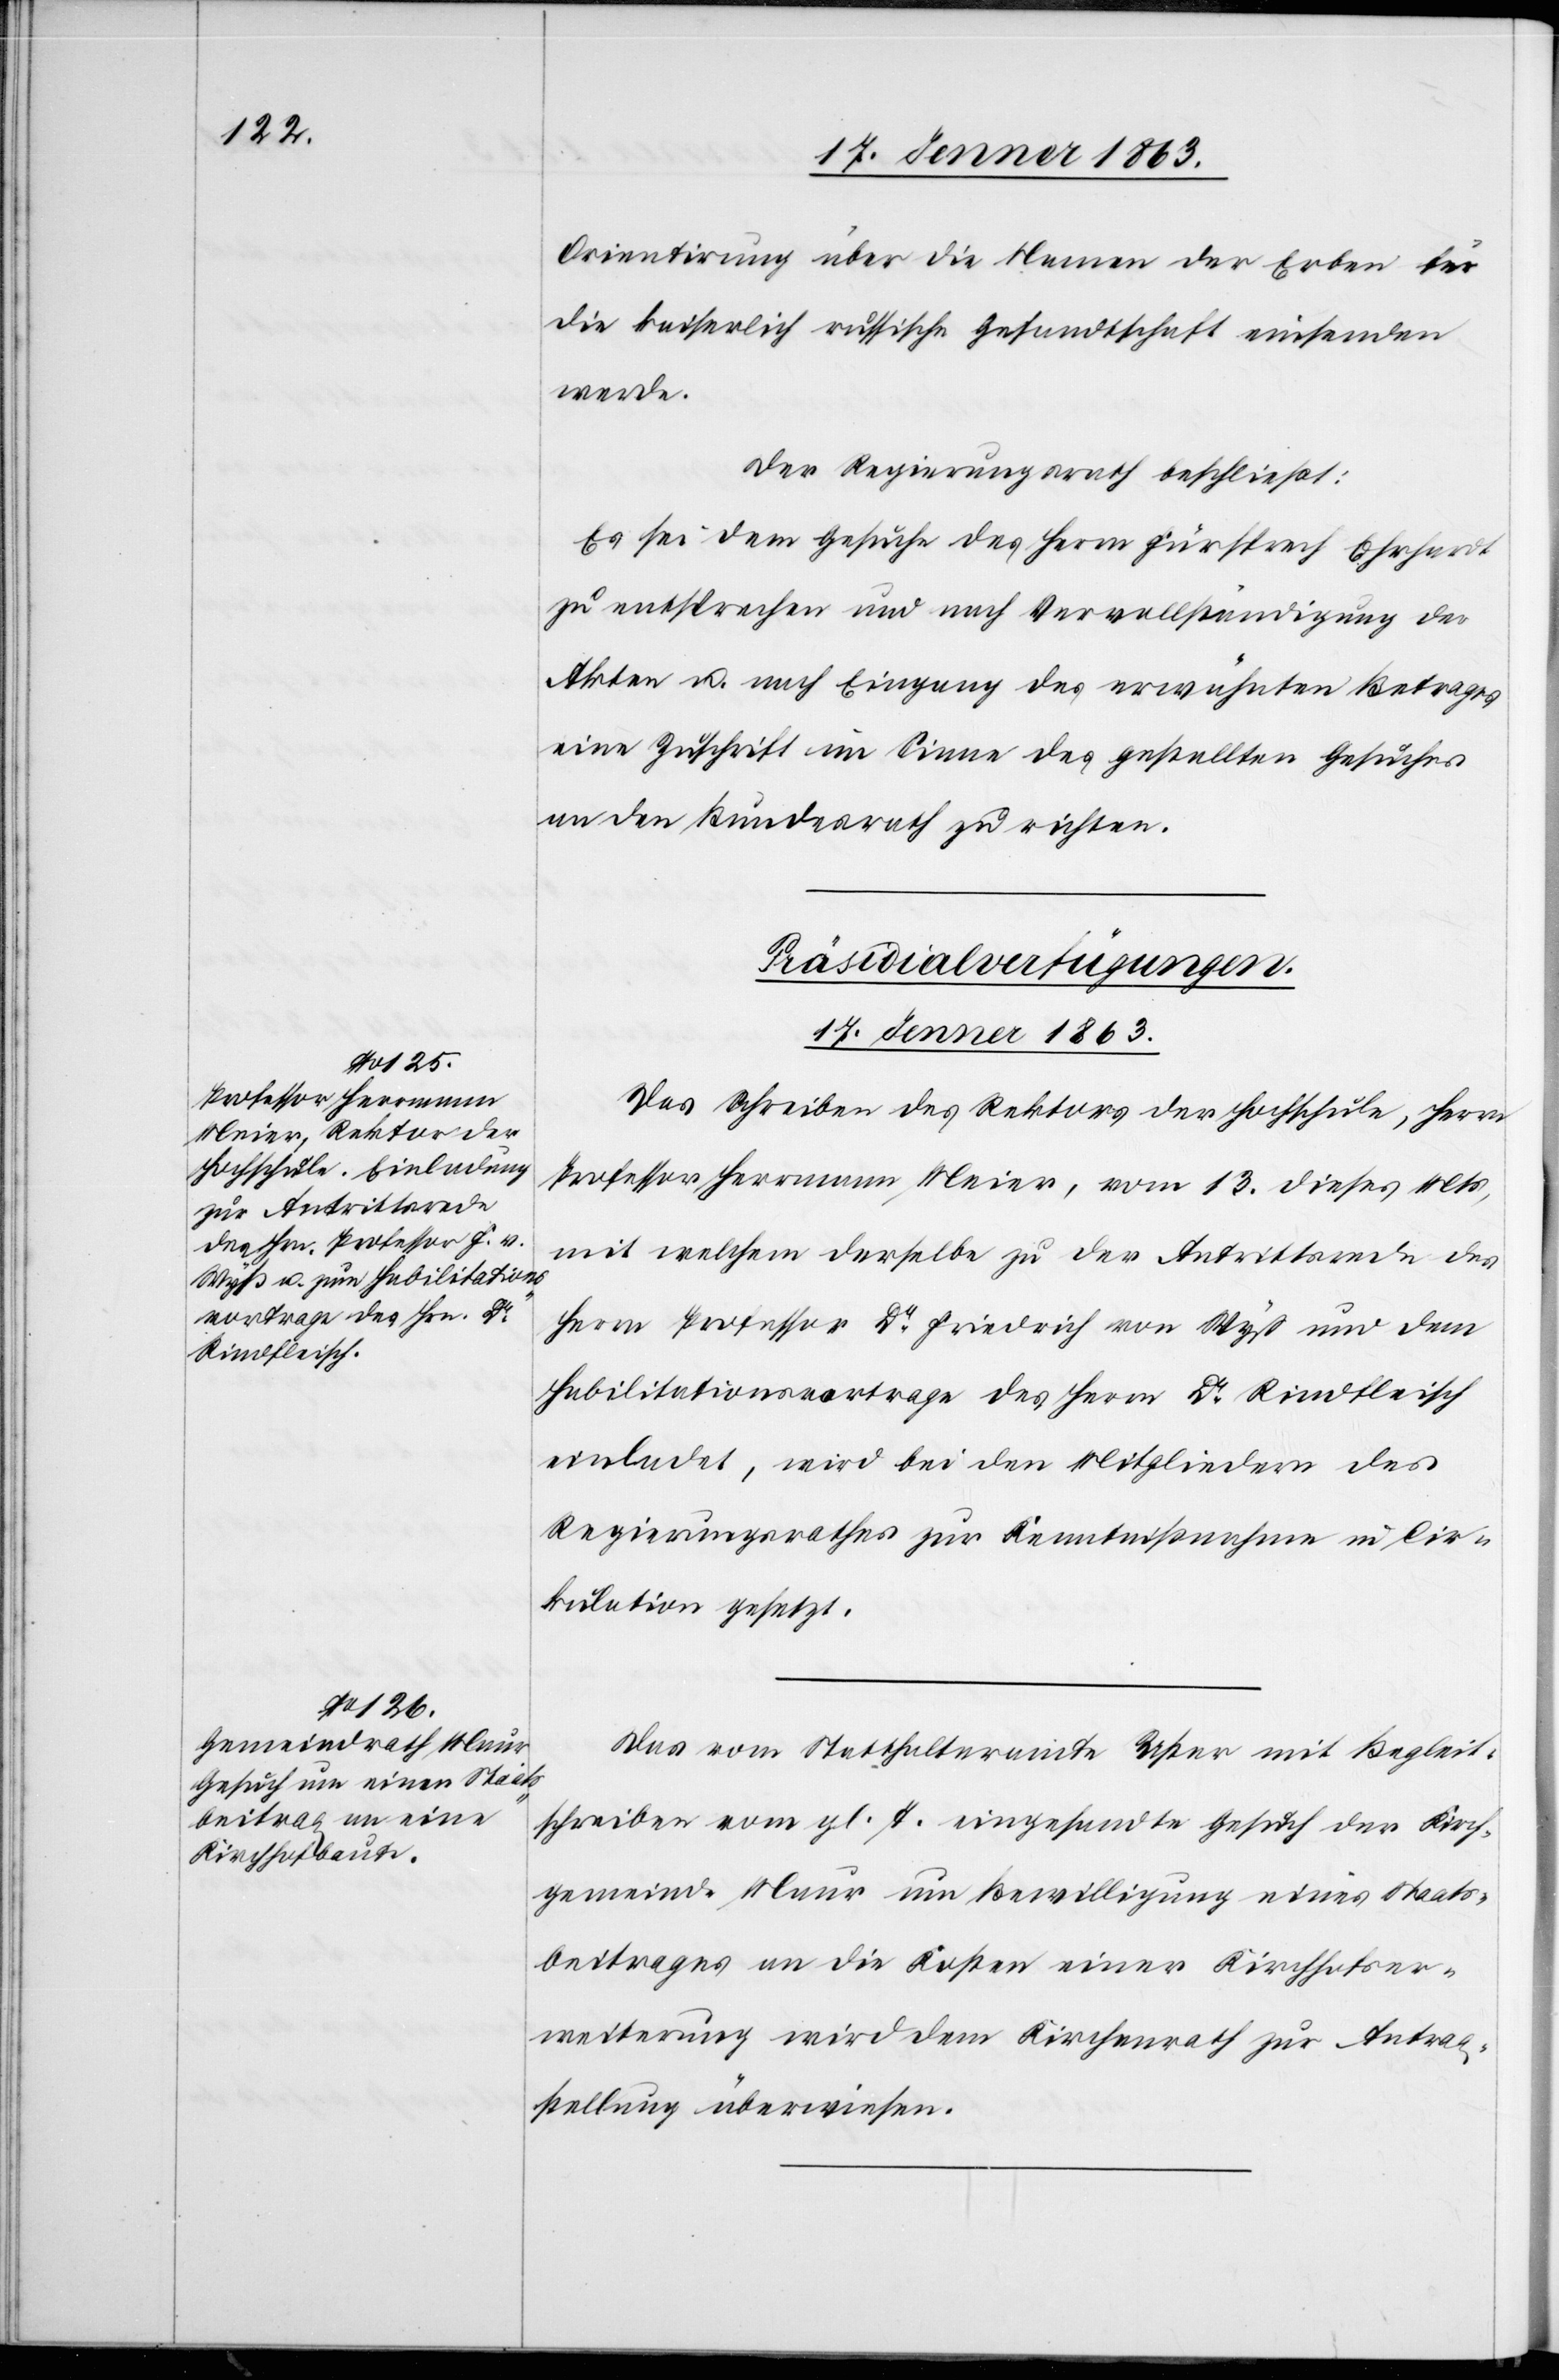
Orientirung über die Namen der Erben für
die kaiserlich russische Gesandtschaft einsenden
werde.
Der Regierungsrath beschließt:
Es sei dem Gesuche des Herrn Fürsprech Ehrhardt
zu entsprechen und nach Vervollständigung der
Akten u. nach Eingang des erwähnten Betrages
eine Zuschrift im Sinne des gestellten Gesuches
an den Bundesrath zu richten.
[Präsidialverfügungen.
17. Jenner 1863.]
Das Schreiben des Rektors der Hochschule, Herrn
Professor Herrmann Meier, vom 13. dieses Mts,
mit welchem derselbe zu der Antrittsrede des
Herrn Professor Dr Friedrich von Wyß und dem
Habilitationsvortrage des Herrn Dr Rindfleisch
einladet, wird bei den Mitgliedern des
Regierungsrathes zur Kenntnißnahme in Cir¬
kulation gesetzt.
Das vom Statthalteramte Uster mit Begleit¬
schreiben vom gl. T. eingesandte Gesuch der Kirch¬
gemeinde Maur um Bewilligung eines Staats¬
beitrages an die Kosten einer Kirchhofser¬
weiterung wird dem Kirchenrath zur Antrag¬
stellung überwiesen.